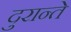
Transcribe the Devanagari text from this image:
दुरान्ते